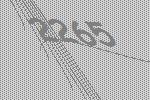
2265